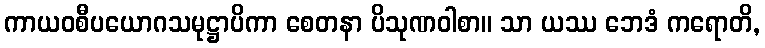
ကာယဝစီပယောဂသမုဋ္ဌာပိကာ စေတနာ ပိသုဏဝါစာ။ သာ ယဿ ဘေဒံ ကရောတိ,